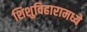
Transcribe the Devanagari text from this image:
शिशुविहारामध्ये